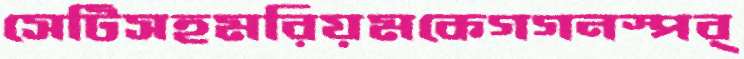
সেটিসহমরিয়মকেগগনস্পর্